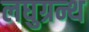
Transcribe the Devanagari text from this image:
लघुग्रन्थ